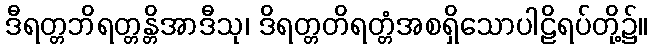
ဒီရတ္တဘိရတ္တန္တိအာဒီသု၊ ဒိရတ္တတိရတ္တံအစရှိသောပါဠိရပ်တို့၌။